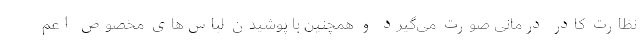
نظارت کادر درمانی صورت می‌گیرد و همچنین با پوشیدن لباس‌های مخصوص اعم